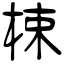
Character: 梀